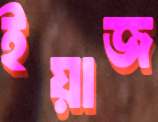
ইয়াজ